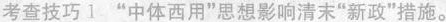
考查技巧1”中体西用”思想影响清末”新政”措施。